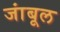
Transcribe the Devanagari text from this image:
जांबूल